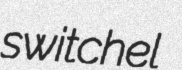
switchel